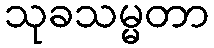
သုခသမ္မတာ